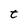
Character: t